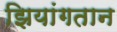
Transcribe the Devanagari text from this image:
झियांगतान